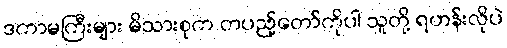
ဒကာမကြီးများ မိသားစုက တပည့်တော်ကိုပါ သူတို့ ရဟန်းလိုပဲ